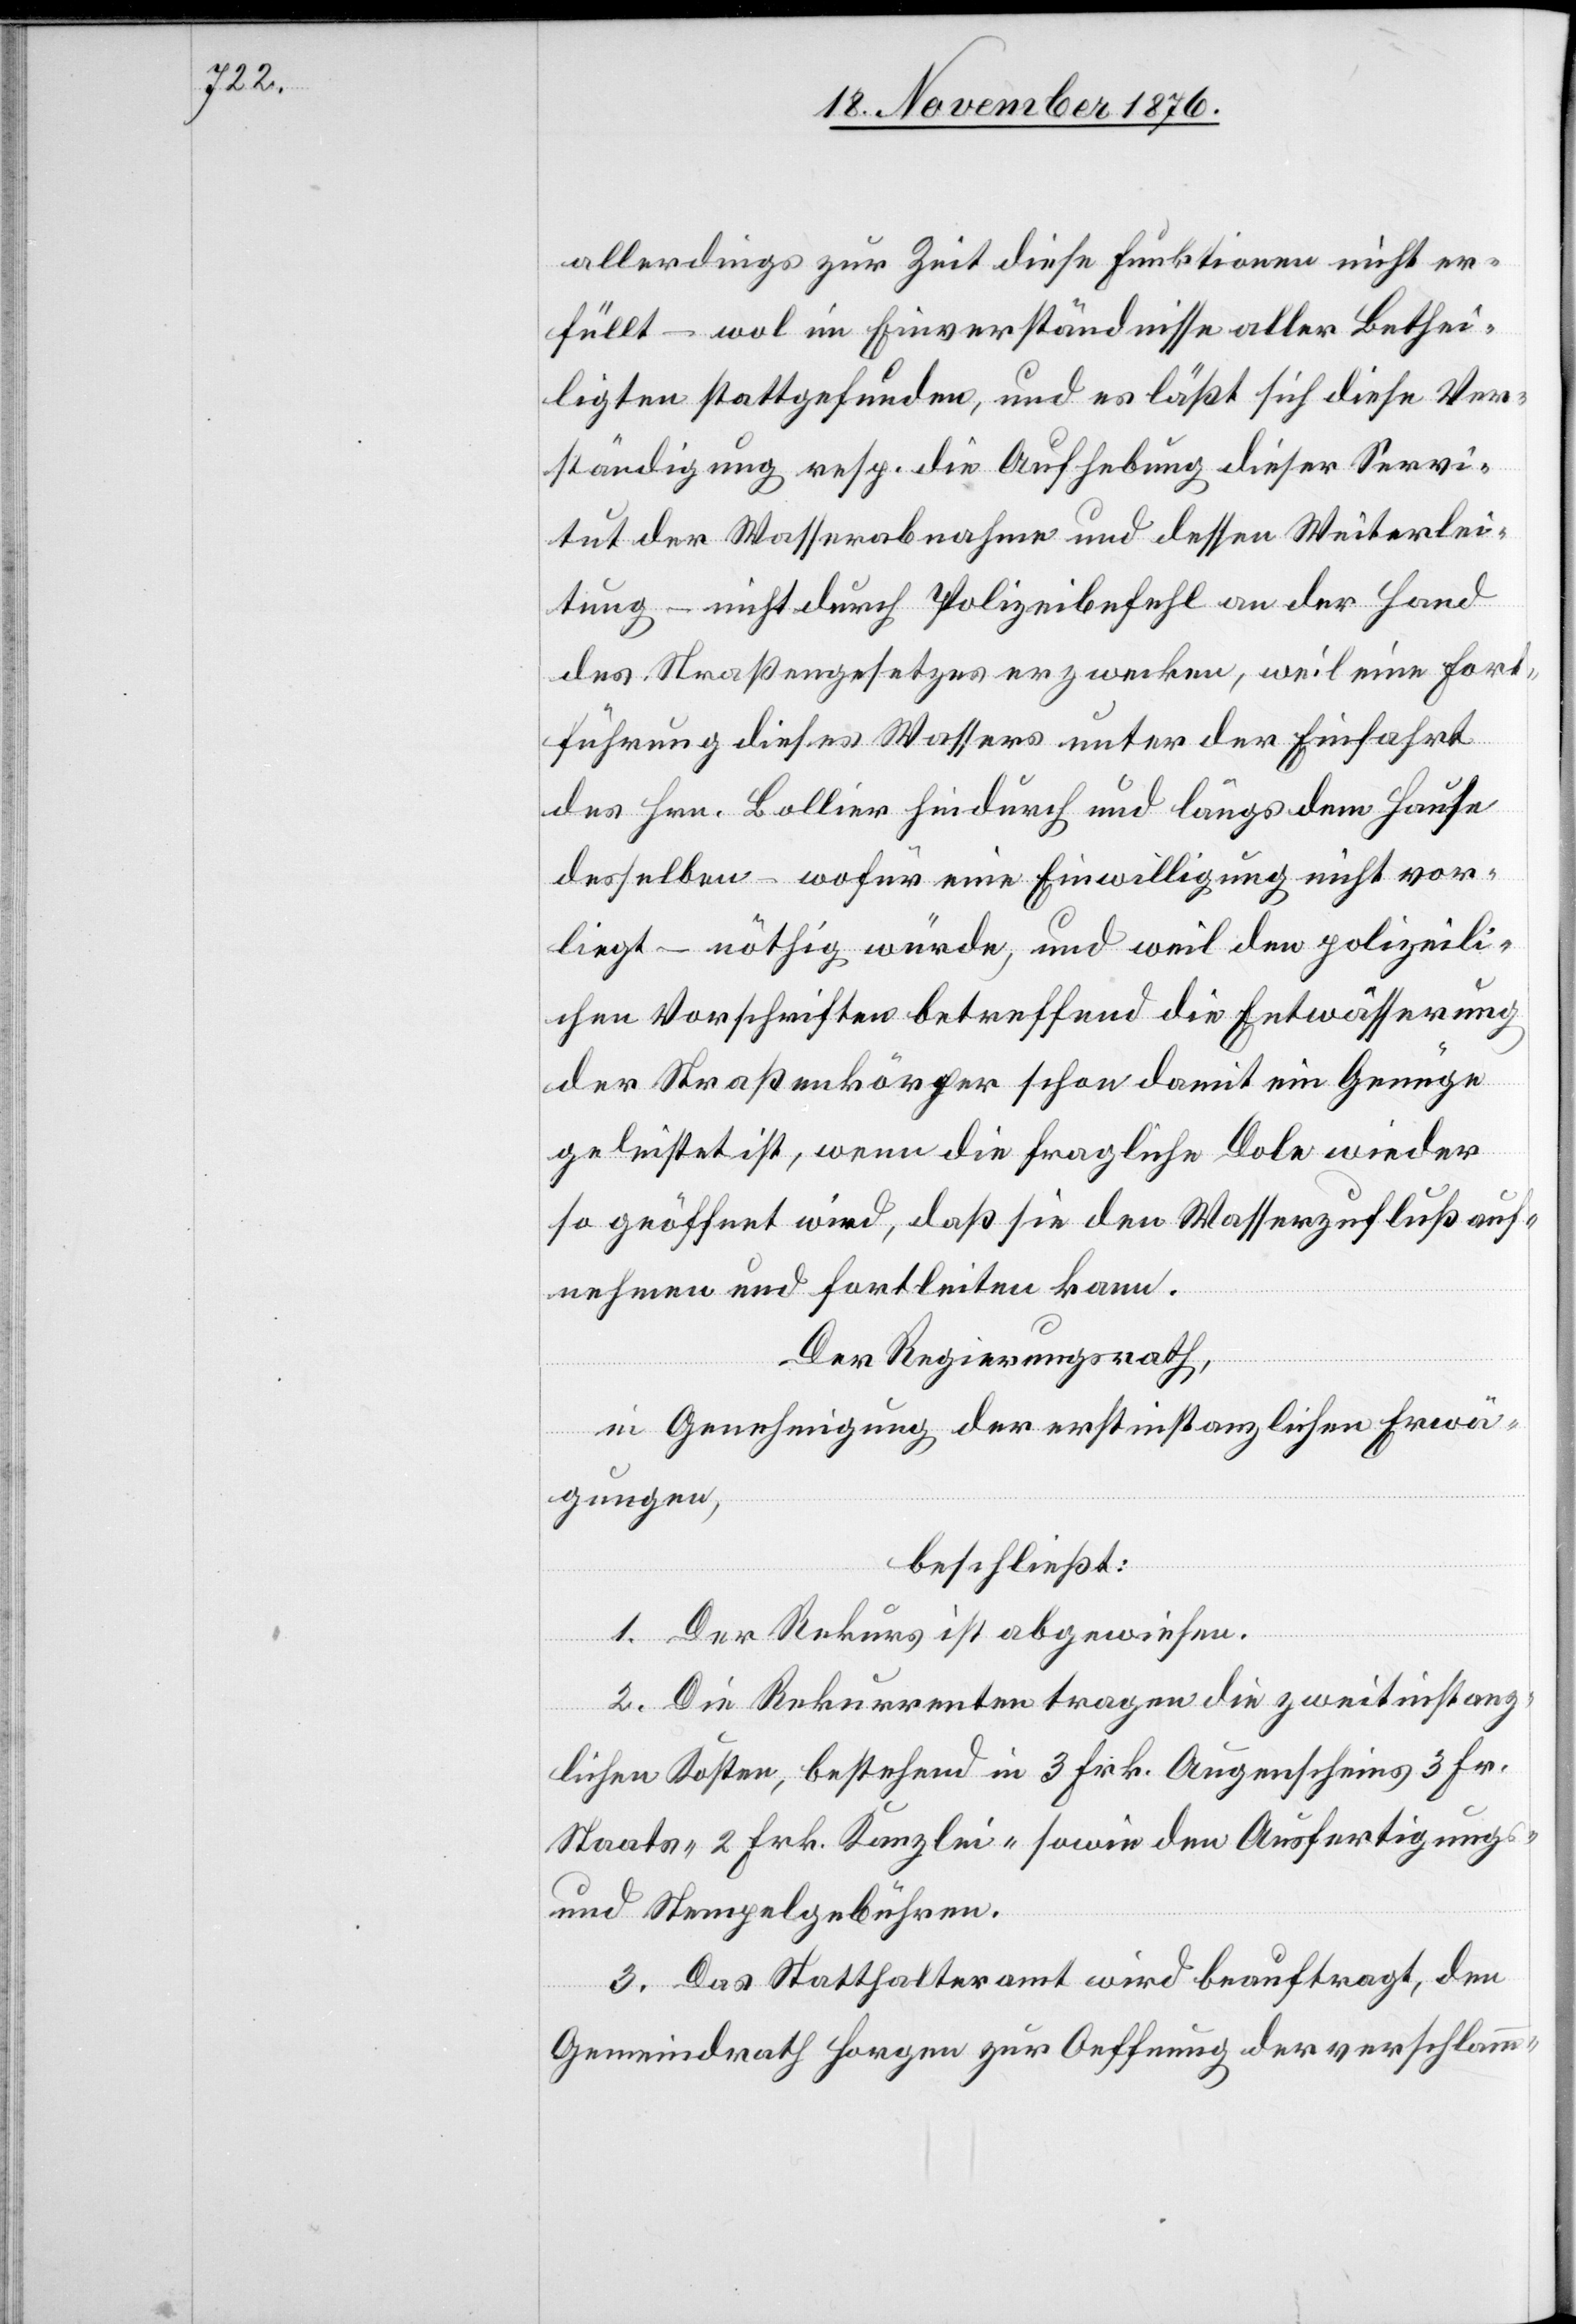
allerdings zur Zeit diese Funktionen nicht er¬
füllt – wol im Einverständnisse aller Bethei¬
ligten stattgefunden, und es läßt sich diese Ver¬
ständigung resp. die Aufhebung dieser Servi¬
tut der Wasserabnahme und dessen Weiterlei¬
tung – nicht durch Polizeibefehl an der Hand
des Straßengesetzes erzwecken, weil eine Fort¬
führung dieses Wassers unter der Einfahrt
des Hrn. Bollier hindurch und längs dem Hause
desselben – wofür eine Einwilligung nicht vor¬
liegt – nöthig würde, und weil den polizeili¬
chen Vorschriften betreffend die Entwässerung
der Straßenkörper schon damit ein Genügte
geleistet ist, wenn die fragliche Dole wieder
so geöffnet wird, daß sie den Wasserzufluß auf¬
nehmen und fortleiten kann.
Der Regierungsrath,
in Genehmigung der erstinstanzlichen Erwä¬
gungen,
beschließt:
1. Der Rekurs ist abgewiesen.
2. Die Rekurrenten tragen die zweitinstanz¬
lichen Kosten, bestehend in 3 Frk. Staats- 2 Frk.
und Stempelgebühren.
3. Das Statthalteramt wird beauftragt, den
Gemeindrath Horgen zur Oeffnung der verschlamm-